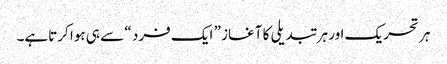
ہر تحریک اور ہر تبدیلی کا آغاز ” ایک فرد “ سے ہی ہوا کرتاہے۔